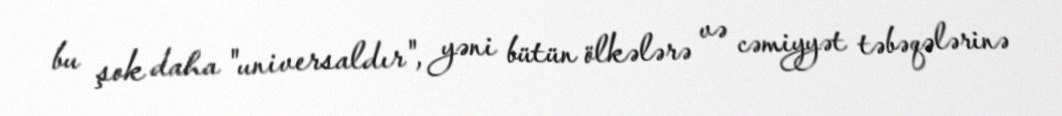
bu şok daha "universaldır", yəni bütün ölkələrə və cəmiyyət təbəqələrinə